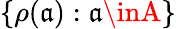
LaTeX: \{ \rho(\mathfrak{a}):\mathfrak{a}\inA\}